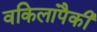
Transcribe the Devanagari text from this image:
वकिलांपैकी